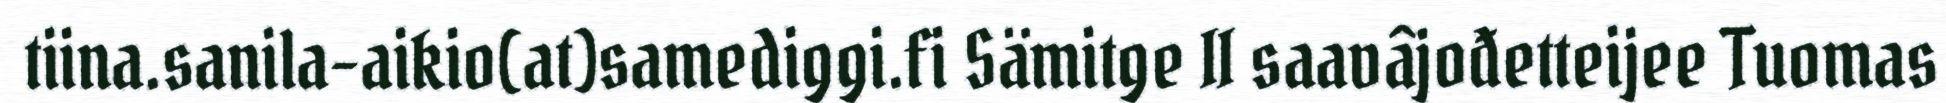
tiina.sanila-aikio(at)samediggi.fi Sämitge II saavâjođetteijee Tuomas